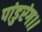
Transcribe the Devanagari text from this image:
पांडुरंग।।